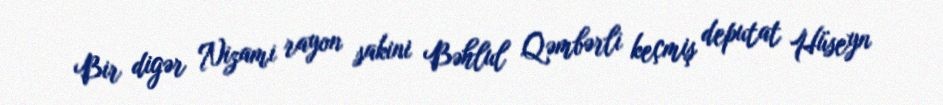
Bir digər Nizami rayon sakini Bəhlul Qəmbərli keçmiş deputat Hüseyn